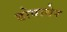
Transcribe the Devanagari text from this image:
डोवागेर